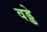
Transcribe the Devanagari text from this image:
वड्डे